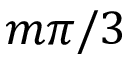
m \pi / 3